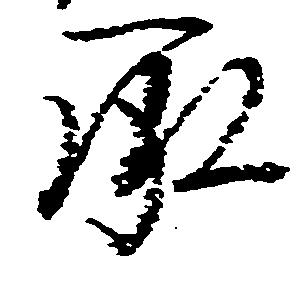
承